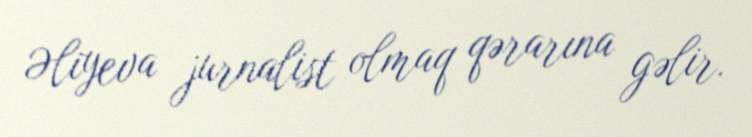
Əliyeva jurnalist olmaq qərarına gəlir.